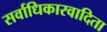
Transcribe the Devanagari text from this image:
सर्वाधिकारवादिता